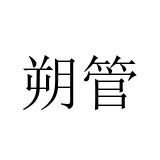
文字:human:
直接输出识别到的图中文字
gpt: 朔管